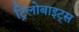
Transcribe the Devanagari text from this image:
ट्रिलोबाइट्स